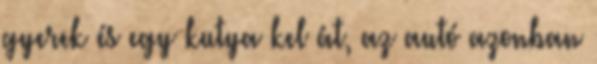
gyerek és egy kutya kel át, az autó azonban